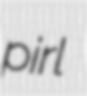
pirl